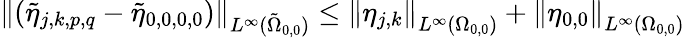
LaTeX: \left\| (\tilde{\eta}_{j,k,p,q}-\tilde{\eta}_{0,0,0,0})\right\| _{L^{\infty}(\tilde{\Omega}_{0,0})}\leq\left\| \eta_{j,k}\right\| _{L^{\infty}(\Omega_{0,0})}+\left\| \eta_{0,0}\right\| _{L^{\infty}(\Omega_{0,0})}